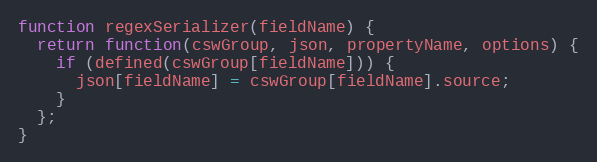
Language: JavaScript
function regexSerializer(fieldName) {
  return function(cswGroup, json, propertyName, options) {
    if (defined(cswGroup[fieldName])) {
      json[fieldName] = cswGroup[fieldName].source;
    }
  };
}